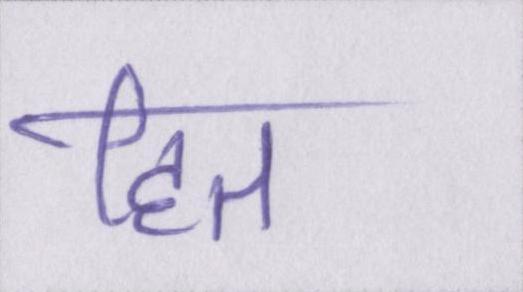
हित